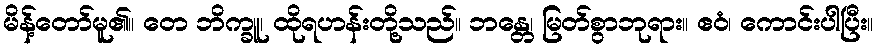
မိန့်တော်မူ၏။ တေ ဘိက္ခူ၊ ထိုရဟန်းတို့သည်။ ဘန္တေ၊ မြတ်စွာဘုရား။ ဧဝံ၊ ကောင်းပါပြီး။